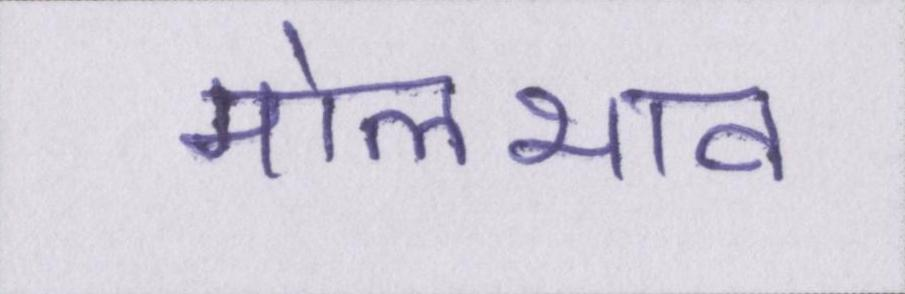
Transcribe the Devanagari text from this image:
मोलभाव